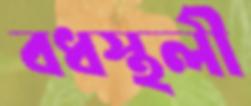
বধস্থলী